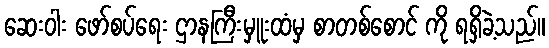
ဆေးဝါး ဖော်စပ်ရေး ဌာနကြီးမှူးထံမှ စာတစ်စောင် ကို ရရှိခဲ့သည်။